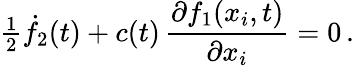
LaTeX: {\textstyle\frac{1}{2}}\dot{f}_{2}(t)+c(t)\, \frac{\partial f_{1}(x_{i},t)}{\partial x_{i}}=0\, .